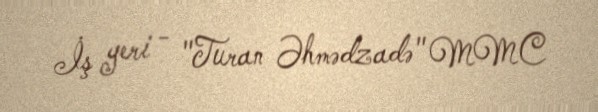
İş yeri - "Turan Əhmədzadə" MMC